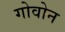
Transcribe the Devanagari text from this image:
गोवोन